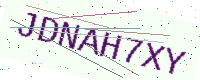
Text: JDNAH7XY